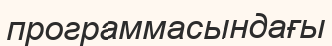
программасындағы